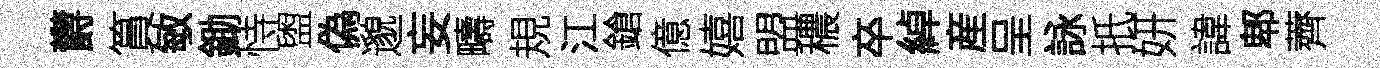
欝篔敏鋤恃盥偽邈妄疇規江鎗億嬉盟穠卒綽産呈詠扺妍諱郫薺